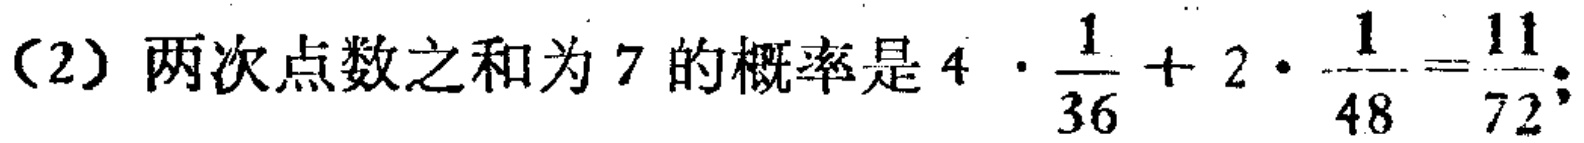
（2）两次点数之和为 7 的概率是 \(4\cdot\frac{1}{36}+2\cdot\frac{1}{48}=\frac{11}{72}\)；